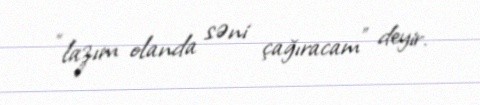
“lazım olanda səni çağıracam” deyir.